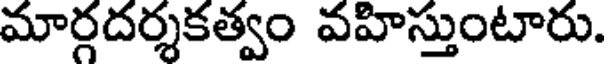
మార్గదర్శకత్వం వహిస్తుంటారు.